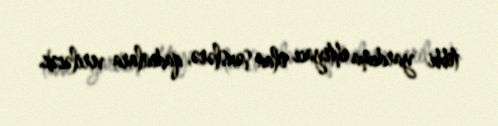
tibbi yardıma ehtiyacı olan şəxslərə, qadınlara veriləcək.